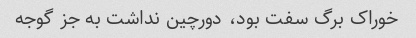
خوراک برگ سفت بود، دورچین نداشت به جز گوجه